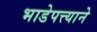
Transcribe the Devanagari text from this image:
भाडेपत्त्याने